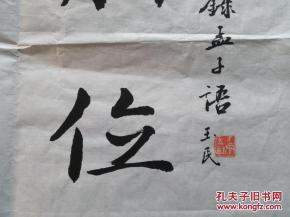
尊贤使能，俊杰在位。